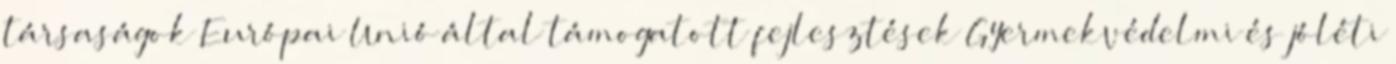
társaságok Európai Unió által támogatott fejlesztések Gyermekvédelmi és jóléti